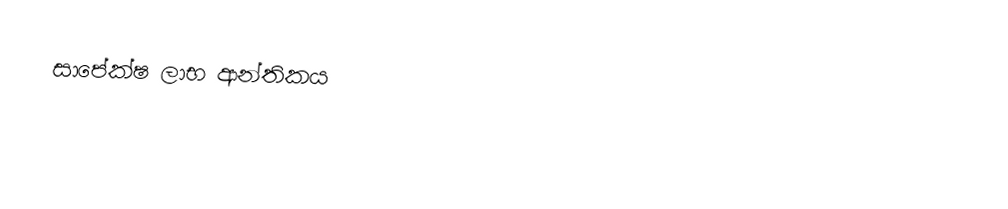
සාපේක්ෂ ලාභ ආන්තිකය